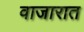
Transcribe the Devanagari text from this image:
वाजारात